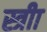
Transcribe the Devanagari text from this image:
स्त्रीा